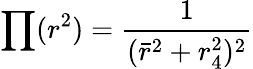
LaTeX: \prod(r^{2})=\frac{1}{(\bar{r}^{2}+r_{4}^{2})^{2}}